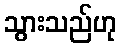
သွားသည်ဟု